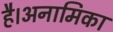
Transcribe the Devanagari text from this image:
है।अनामिका